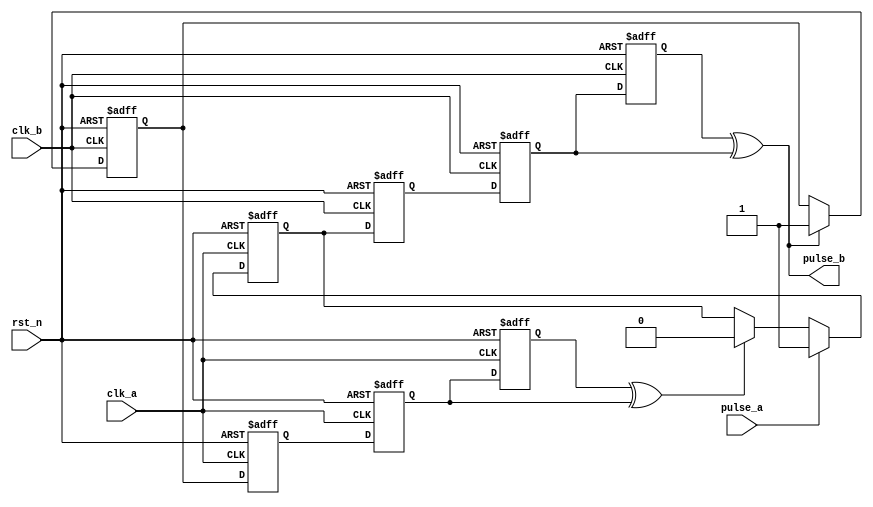
//by cym
//on 2021-07-18

module cdc_pulse(
	input clk_a,
	input clk_b,
	input rst_n,

	input pulse_a,

	output pulse_b
);


//intra regs or wires
reg signal_a;
reg signal_a_ff1;
reg signal_a_ff2;

reg signal_b;

reg ack_b;
reg ack_b_ff1;
reg ack_b_ff2;

reg ack_a_ff;

wire pulse_ack_a;
// 1.pulse to toggle, consider the ack from clk_b;
always @(posedge clk_a, negedge rst_n) begin
	if(!rst_n)
		signal_a <= 1'b0;
	else if(pulse_a) 
		signal_a <= 1'b1;
	else if(pulse_ack_a)
		signal_a <= 1'b0;
	else signal_a <= signal_a;
end


// 2.sync to clk domain of clk_b;
always @(posedge clk_b, negedge rst_n) begin
	if(!rst_n) begin
		signal_a_ff1 <= 1'b0;
		signal_a_ff2 <= 1'b0;
	end
	else begin
		signal_a_ff1 <= signal_a;
		signal_a_ff2 <= signal_a_ff1;
	end 

end


// 3. gen pulse under clk_b;
always @(posedge clk_b, negedge rst_n) begin
	if(!rst_n) begin
		signal_b <= 1'b0;
	end
	else signal_b <= signal_a_ff2;	
end

assign pulse_b = signal_b ^ signal_a_ff2;

//4. pulse to toogle
always @(posedge clk_b, negedge rst_n) begin
	if(!rst_n)
		ack_b <= 1'b0;
	else if(pulse_b) 
		ack_b <= 1'b1;
	else ack_b <= ack_b;
end
// 5. sync the signal ack to clk_a;
always @(posedge clk_a, negedge rst_n) begin
	if(!rst_n) begin
		ack_b_ff1 <= 1'b0;
		ack_b_ff2 <= 1'b0;
	end
	else begin
		ack_b_ff1 <= ack_b;
		ack_b_ff2 <= ack_b_ff1;
	end 

end

//6. toogle to pulse

always @(posedge clk_a, negedge rst_n) begin
	if(!rst_n) begin
		ack_a_ff <= 1'b0;
	end
	else ack_a_ff <= ack_b_ff2;	
end

assign pulse_ack_a = ack_a_ff ^ ack_b_ff2;
endmodule